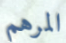
المرهم